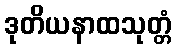
ဒုတိယနာထသုတ္တံ